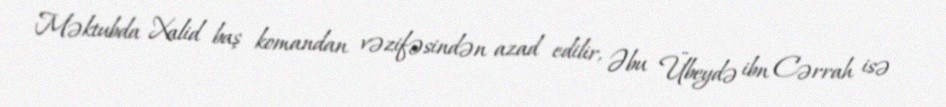
Məktubda Xalid baş komandan vəzifəsindən azad edilir, Əbu Übeydə ibn Cərrah isə